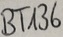
Text: BT136